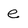
Character: e